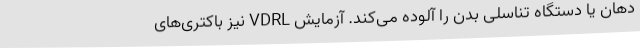
دهان یا دستگاه تناسلی بدن را آلوده می‌کند. آزمایش VDRL نیز باکتری‌های